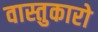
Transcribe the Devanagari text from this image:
वास्तुकारो